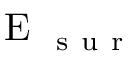
\mathrm { ~ E ~ } _ { \mathrm { ~ s ~ u ~ r ~ } }